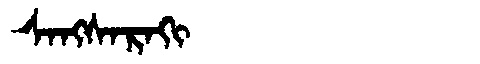
Manchu: ᠰᠠᠩᠰᠠᡵᠠᡴᡳ
Romanization: SANGSARAKI